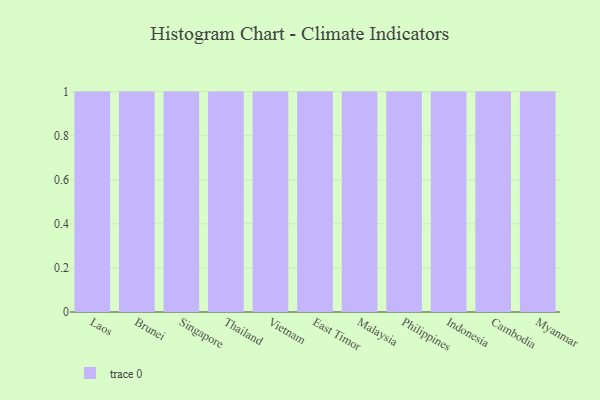
{"axis": {"x": "Country", "y": "LTV (USD)"}, "legend": [""], "data": [{"x": "Laos", "y": 57, "type": ""}, {"x": "Brunei", "y": 23, "type": ""}, {"x": "Singapore", "y": 61, "type": ""}, {"x": "Thailand", "y": 94, "type": ""}, {"x": "Vietnam", "y": 16, "type": ""}, {"x": "East Timor", "y": 54, "type": ""}, {"x": "Malaysia", "y": 83, "type": ""}, {"x": "Philippines", "y": 4, "type": ""}, {"x": "Indonesia", "y": 35, "type": ""}, {"x": "Cambodia", "y": 24, "type": ""}, {"x": "Myanmar", "y": 36, "type": ""}]}